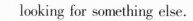
looking for something else.